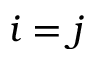
i = j